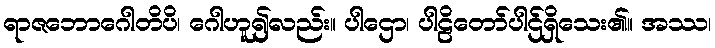
ရာဇဘောဂေါတိပိ၊ ဂေါဟူ၍လည်း။ ပါဌော၊ ပါဠိတော်ပါဌ်ရှိသေး၏။ အဿ၊